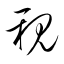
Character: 親